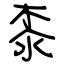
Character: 桼